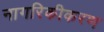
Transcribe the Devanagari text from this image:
नागरिकीकरण